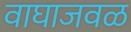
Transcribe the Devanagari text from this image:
वाघाजवळ